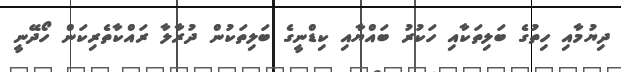
ދިޔުމާއި ހިތުގެ ބަލިތަކާއި ހަކުރު ބައްޔާއި ކިޑްނީގެ ބަލިތަކުން ދުރާލާ ރައްކާތެރިކަން ހޯދޭނީ